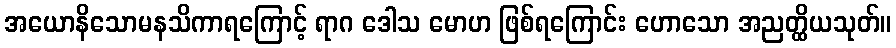
အယောနိသောမနသိကာရကြောင့် ရာဂ ဒေါသ မောဟ ဖြစ်ရကြောင်း ဟောသော အညတ္ထိယသုတ်။